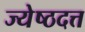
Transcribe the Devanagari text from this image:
ज्येष्ठदत्त